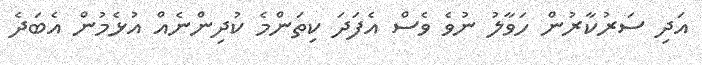
އަދި ސަރުކާރުން ހަވާލު ނުވެ ވެސް އެފަދަ ކިތަންމެ ކުދިންނެއް އުޅެމުން އެބަދެ